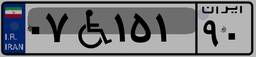
۰۷W۱۵۱۹۰